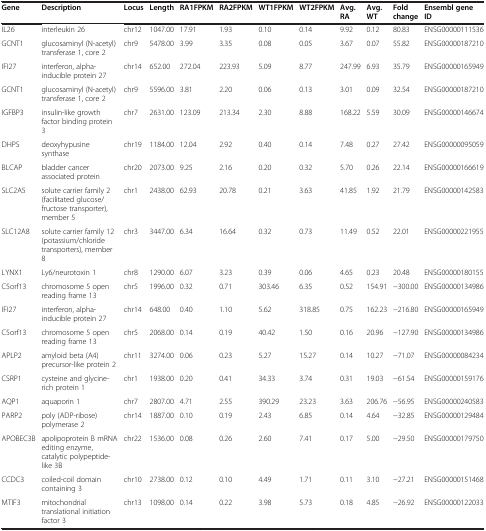
<table><thead><tr><td><b>Gene</b></td><td><b>Description</b></td><td><b>Locus</b></td><td><b>Length</b></td><td><b>RA1FPKM</b></td><td><b>RA2FPKM</b></td><td><b>WT1FPKM</b></td><td><b>WT2FPKM</b></td><td><b>Avg. RA</b></td><td><b>Avg. WT</b></td><td><b>Fold change</b></td><td><b>Ensembl gene ID</b></td></tr></thead><tbody><tr><td>IL26</td><td>interleukin 26</td><td>chr12</td><td>1047.00</td><td>17.91</td><td>1.93</td><td>0.10</td><td>0.14</td><td>9.92</td><td>0.12</td><td>80.83</td><td>ENSG00000111536</td></tr><tr><td>GCNT1</td><td>glucosaminyl (N-acetyl) transferase 1, core 2</td><td>chr9</td><td>5478.00</td><td>3.99</td><td>3.35</td><td>0.08</td><td>0.05</td><td>3.67</td><td>0.07</td><td>55.82</td><td>ENSG00000187210</td></tr><tr><td>IFI27</td><td>interferon, alpha-inducible protein 27</td><td>chr14</td><td>652.00</td><td>272.04</td><td>223.93</td><td>5.09</td><td>8.77</td><td>247.99</td><td>6.93</td><td>35.79</td><td>ENSG00000165949</td></tr><tr><td>GCNT1</td><td>glucosaminyl (N-acetyl) transferase 1, core 2</td><td>chr9</td><td>5596.00</td><td>3.81</td><td>2.20</td><td>0.06</td><td>0.13</td><td>3.01</td><td>0.09</td><td>32.54</td><td>ENSG00000187210</td></tr><tr><td>IGFBP3</td><td>insulin-like growth factor binding protein 3</td><td>chr7</td><td>2631.00</td><td>123.09</td><td>213.34</td><td>2.30</td><td>8.88</td><td>168.22</td><td>5.59</td><td>30.09</td><td>ENSG00000146674</td></tr><tr><td>DHPS</td><td>deoxyhypusine synthase</td><td>chr19</td><td>1184.00</td><td>12.04</td><td>2.92</td><td>0.40</td><td>0.14</td><td>7.48</td><td>0.27</td><td>27.42</td><td>ENSG00000095059</td></tr><tr><td>BLCAP</td><td>bladder cancer associated protein</td><td>chr20</td><td>2073.00</td><td>9.25</td><td>2.16</td><td>0.20</td><td>0.32</td><td>5.70</td><td>0.26</td><td>22.14</td><td>ENSG00000166619</td></tr><tr><td>SLC2A5</td><td>solute carrier family 2 (facilitated glucose/fructose transporter), member 5</td><td>chr1</td><td>2438.00</td><td>62.93</td><td>20.78</td><td>0.21</td><td>3.63</td><td>41.85</td><td>1.92</td><td>21.79</td><td>ENSG00000142583</td></tr><tr><td>SLC12A8</td><td>solute carrier family 12 (potassium/chloride transporters), member 8</td><td>chr3</td><td>3447.00</td><td>6.34</td><td>16.64</td><td>0.32</td><td>0.73</td><td>11.49</td><td>0.52</td><td>22.01</td><td>ENSG00000221955</td></tr><tr><td>LYNX1</td><td>Ly6/neurotoxin 1</td><td>chr8</td><td>1290.00</td><td>6.07</td><td>3.23</td><td>0.39</td><td>0.06</td><td>4.65</td><td>0.23</td><td>20.48</td><td>ENSG00000180155</td></tr><tr><td>C5orf13</td><td>chromosome 5 open reading frame 13</td><td>chr5</td><td>1996.00</td><td>0.32</td><td>0.71</td><td>303.46</td><td>6.35</td><td>0.52</td><td>154.91</td><td>−300.00</td><td>ENSG00000134986</td></tr><tr><td>IFI27</td><td>interferon, alpha-inducible protein 27</td><td>chr14</td><td>648.00</td><td>0.40</td><td>1.10</td><td>5.62</td><td>318.85</td><td>0.75</td><td>162.23</td><td>−216.80</td><td>ENSG00000165949</td></tr><tr><td>C5orf13</td><td>chromosome 5 open reading frame 13</td><td>chr5</td><td>2068.00</td><td>0.14</td><td>0.19</td><td>40.42</td><td>1.50</td><td>0.16</td><td>20.96</td><td>−127.90</td><td>ENSG00000134986</td></tr><tr><td>APLP2</td><td>amyloid beta (A4) precursor-like protein 2</td><td>chr11</td><td>3274.00</td><td>0.06</td><td>0.23</td><td>5.27</td><td>15.27</td><td>0.14</td><td>10.27</td><td>−71.07</td><td>ENSG00000084234</td></tr><tr><td>CSRP1</td><td>cysteine and glycine-rich protein 1</td><td>chr1</td><td>1938.00</td><td>0.20</td><td>0.41</td><td>34.33</td><td>3.74</td><td>0.31</td><td>19.03</td><td>−61.54</td><td>ENSG00000159176</td></tr><tr><td>AQP1</td><td>aquaporin 1</td><td>chr7</td><td>2807.00</td><td>4.71</td><td>2.55</td><td>390.29</td><td>23.23</td><td>3.63</td><td>206.76</td><td>−56.95</td><td>ENSG00000240583</td></tr><tr><td>PARP2</td><td>poly (ADP-ribose) polymerase 2</td><td>chr14</td><td>1887.00</td><td>0.10</td><td>0.19</td><td>2.43</td><td>6.85</td><td>0.14</td><td>4.64</td><td>−32.85</td><td>ENSG00000129484</td></tr><tr><td>APOBEC3B</td><td>apolipoprotein B mRNA editing enzyme, catalytic polypeptide-like 3B</td><td>chr22</td><td>1536.00</td><td>0.08</td><td>0.26</td><td>2.60</td><td>7.41</td><td>0.17</td><td>5.00</td><td>−29.50</td><td>ENSG00000179750</td></tr><tr><td>CCDC3</td><td>coiled-coil domain containing 3</td><td>chr10</td><td>2738.00</td><td>0.12</td><td>0.10</td><td>4.49</td><td>1.71</td><td>0.11</td><td>3.10</td><td>−27.21</td><td>ENSG00000151468</td></tr><tr><td>MTIF3</td><td>mitochondrial translational initiation factor 3</td><td>chr13</td><td>1098.00</td><td>0.14</td><td>0.22</td><td>3.98</td><td>5.73</td><td>0.18</td><td>4.85</td><td>−26.92</td><td>ENSG00000122033</td></tr></tbody></table>